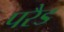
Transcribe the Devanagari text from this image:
परैड